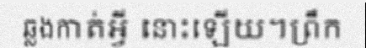
ឆ្លងកាត់អ្វី នោះឡើយ។ព្រឹក